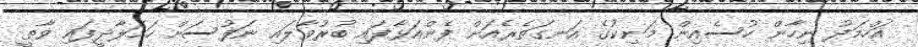
އަހްމަދު ނިހާން ހުސެއިން މަނިކުގެ އަނގަތެރެއަށް ފެންއަޅާފައި ބުރުވާލައި ނަފުސަށް ހަމަލާދީފައި ވާތީ